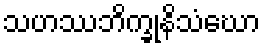
သဟဿဘိက္ခုနိသံဃော